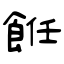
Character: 餁